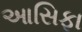
આસિફા